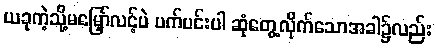
ယခုကဲ့သို့မမြှော်လင့်ပဲ ပက်ပင်းပါ ဆုံတွေ့လိုက်သောအခါ၌လည်း